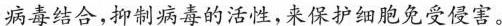
病毒结合，抑制病毒的活性，来保护细胞免受侵害。